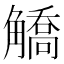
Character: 䚩